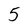
Character: 5